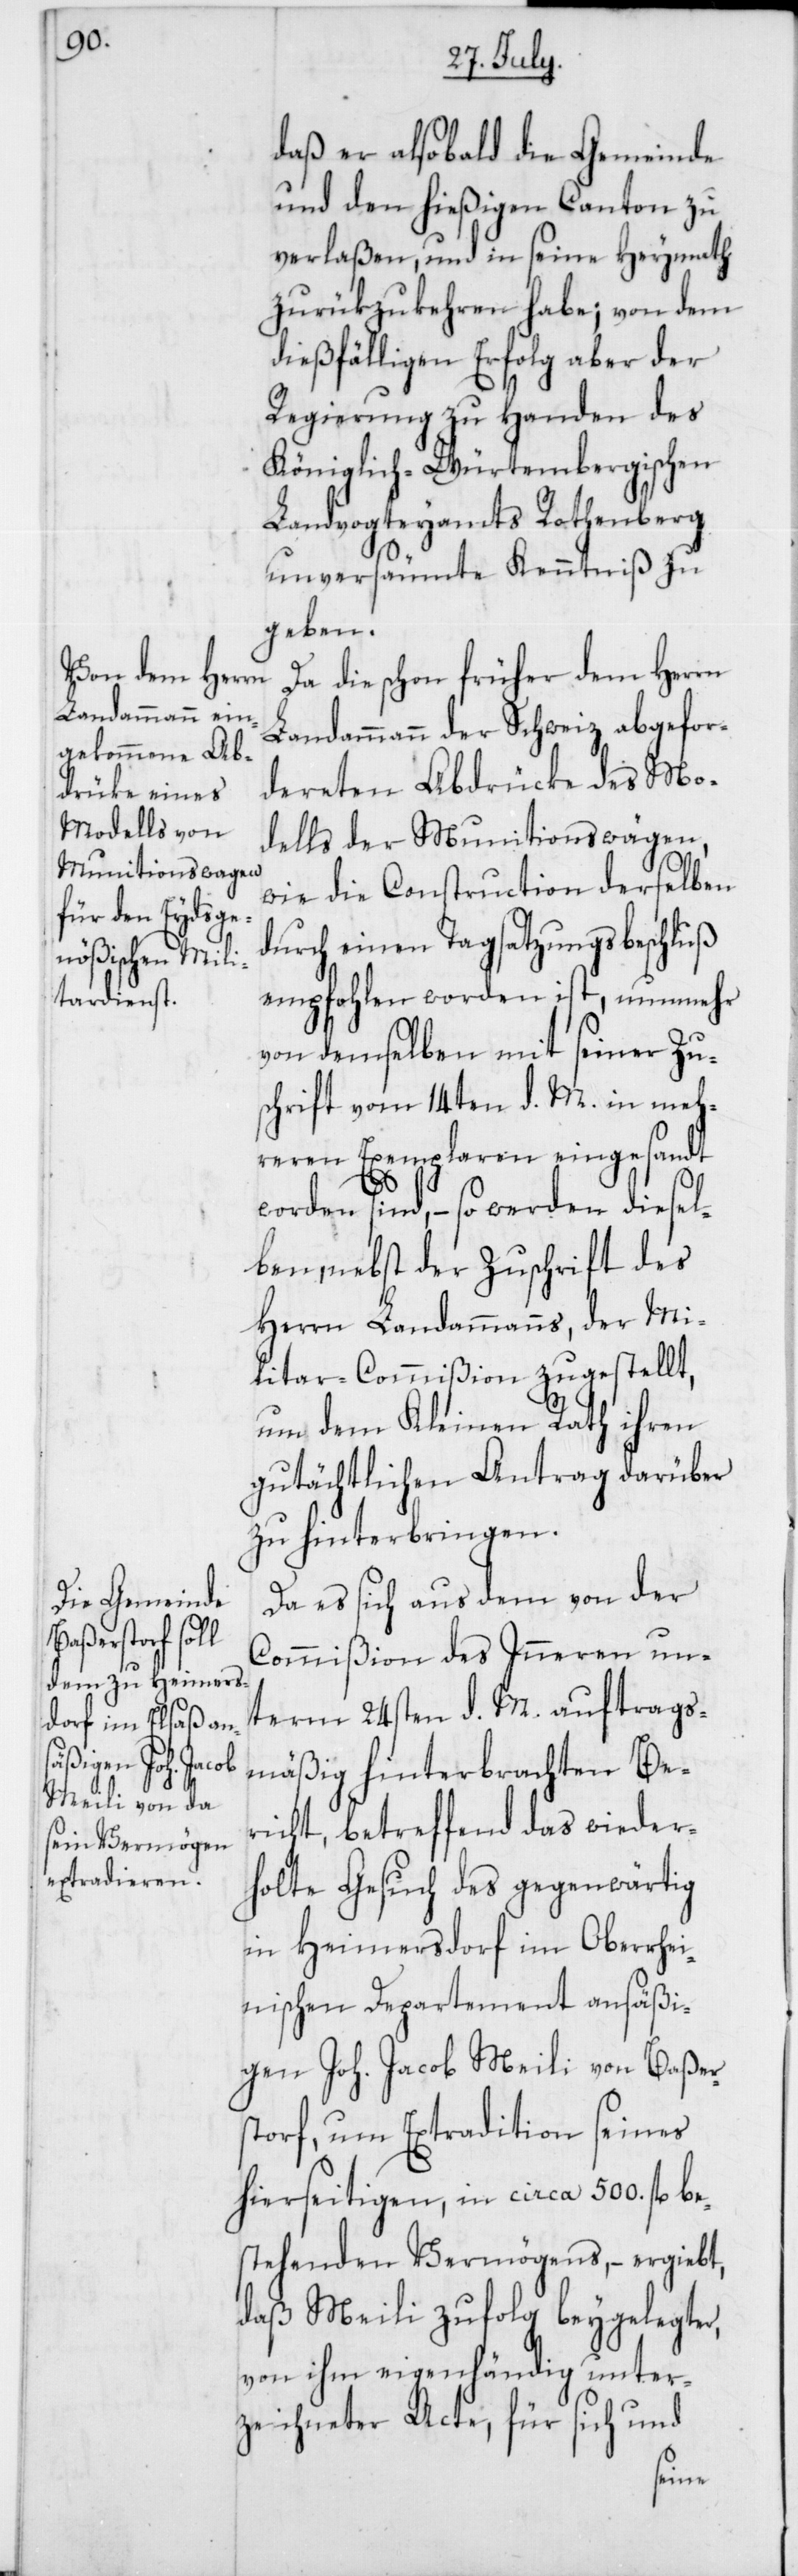
daß er alsobald die Gemeinde
und den hießigen Canton zu
verlaßen, und in seine Heymath
zurükzukehren habe; von dem
dießfälligen Erfolg aber der
Regierung zu Handen des
Königlich-Würtembergischen
Landvogteyamts Rothenberg
unversäumte Kenntniß zu
geben.
Da die schon früher dem Herrn
Landammann der Schweiz abgefor¬
dereten Abdrücke des Mo¬
dells der Munitionswägen,
wie die Construction derselben
durch einen Tagsatzungsbeschluß
empfohlen worden ist, nunmehr
von demselben mit seiner Zus¬
chrift vom 14ten d. M. in meh¬
reren Exemplaren eingesandt
worden sind, – so werden diesel¬
ben, nebst der Zuschrift des
Herrn Landammanns, der Mi¬
litar-Commißion zugestellt,
um dem Kleinen Rath ihren
gutächtlichen Antrag darüber
zu hinterbringen.
Da es sich aus dem von der
Commißion des Inneren un¬
term 24sten d. M. auftrags¬
mäßig hinterbrachten Be¬
richt, betreffend das wieder¬
holte Gesuch des gegenwärtig
in Heimersdorf im Oberrhei¬
nischen Departement ansäßi¬
gen Joh. Jacob Meili von Baßer¬
storf, um Extradition seines
hierseitigen, in circa 500. fl. be¬
stehenden Vermögens, – ergibt,
daß Meili zufolg beygelegter,
von ihm eigenhändig unter¬
zeichneter Acte, für sich und